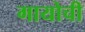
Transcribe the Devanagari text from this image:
गायोची